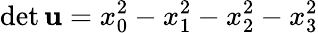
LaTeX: \operatorname*{det}\mathbf{u}=x_{0}^{2}-x_{1}^{2}-x_{2}^{2}-x_{3}^{2}